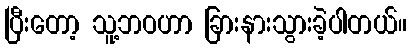
ပြီးတော့ သူ့ဘဝဟာ ခြားနားသွားခဲ့ပါတယ်။